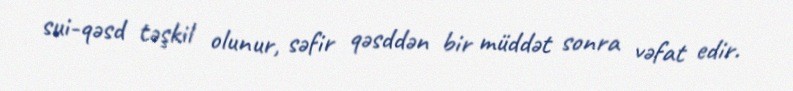
sui-qəsd təşkil olunur, səfir qəsddən bir müddət sonra vəfat edir.